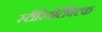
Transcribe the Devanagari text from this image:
स्टीरियोटैक्टिक